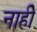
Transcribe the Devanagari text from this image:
नाहीे